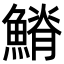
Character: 𩺀